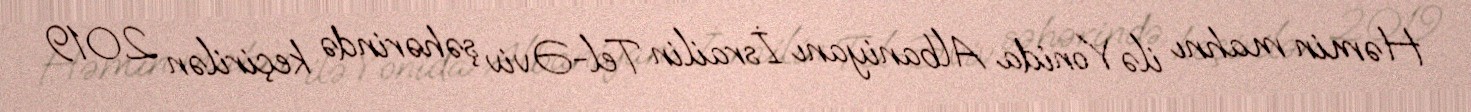
Həmin mahnı ilə Yonida Albaniyanı İsrailin Tel-Əviv şəhərində keçirilən 2019